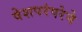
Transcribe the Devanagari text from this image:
वेशपरंपरेने